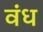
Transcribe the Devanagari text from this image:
वंध